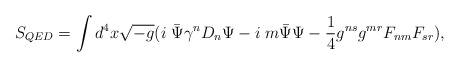
\begin{align*}S_{QED}=\int d^4 x \sqrt{-g}(i\;\bar\Psi\gamma^n D_n \Psi-i\;m \bar\Psi\Psi-\frac{1}{4}g^{ns}g^{mr}F_{nm}F_{sr}),\end{align*}